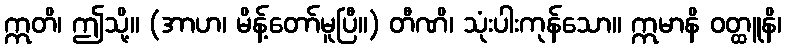
ဣတိ၊ ဤသို့။ (အာဟ၊ မိန့်တော်မူပြီ။) တီဏိ၊ သုံးပါးကုန်သော။ ဣမာနိ ဝတ္ထူနိ၊